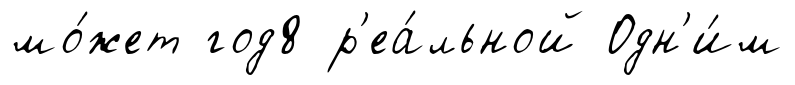
мо́жет год8 р'еа́льной Одн'и́м